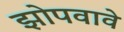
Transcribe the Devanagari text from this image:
झोपवावे